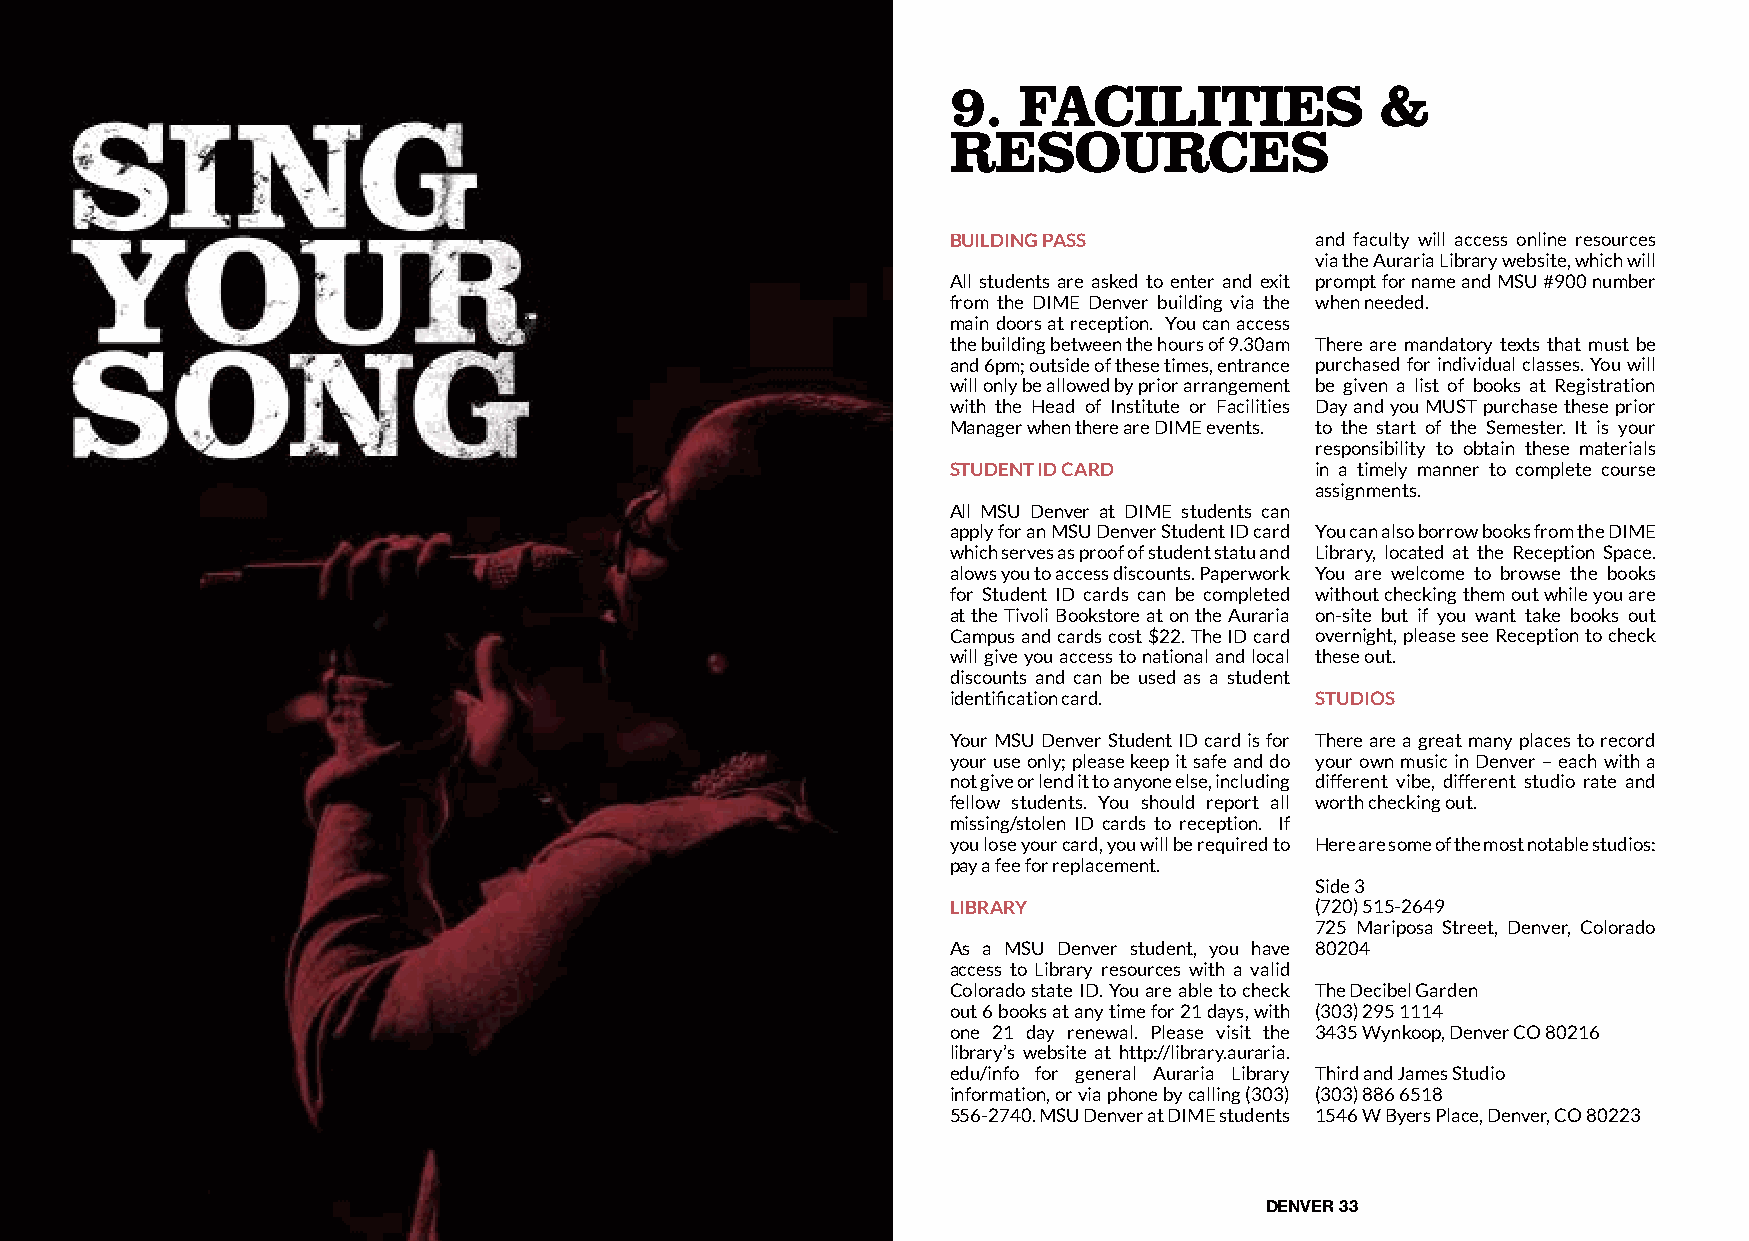
9.  FACILITIES              &
 RESOURCES
 BUILDING PASS           and faculty will access online resources
 via the Auraria Library website, which will
 All students are asked to enter and exit prompt for name and MSU #900 number
 from the DIME Denver building via the when needed.
 main doors at reception. You can access
 the building between the hours of 9.30am There are mandatory texts that must be
 and 6pm; outside of these times, entrance purchased for individual classes. You will
 will only be allowed by prior arrangement be given a list of books at Registration
 with the Head of Institute or Facilities Day and you MUST purchase these prior
 Manager when there are DIME events. to the start of the Semester. It is your
 responsibility to obtain these materials
 STUDENT ID CARD         in a timely manner to complete course
 assignments.
 All MSU Denver at DIME students can
 apply for an MSU Denver Student ID card You can also borrow books from the DIME
 which serves as proof of student statu and Library, located at the Reception Space.
 alows you to access discounts. Paperwork You are welcome to browse the books
 for Student ID cards can be completed without checking them out while you are
 at the Tivoli Bookstore at on the Auraria on-site but if you want take books out
 Campus and cards cost $22. The ID card overnight, please see Reception to check
 will give you access to national and local these out.
 discounts and can be used as a student
 identification card.    STUDIOS
 Your MSU Denver Student ID card is for There are a great many places to record
 your use only; please keep it safe and do your own music in Denver – each with a
 not give or lend it to anyone else, including different vibe, different studio rate and
 fellow students. You should report all worth checking out.
 missing/stolen ID cards to reception. If
 you lose your card, you will be required to Here are some of the most notable studios:
 pay a fee for replacement.
 Side 3
 LIBRARY                 (720) 515-2649
 725 Mariposa Street, Denver, Colorado
 As a MSU Denver student, you have 80204
 access to Library resources with a valid
 Colorado state ID. You are able to check The Decibel Garden
 out 6 books at any time for 21 days, with (303) 295 1114
 one 21 day renewal. Please visit the 3435 Wynkoop, Denver CO 80216
 library’s website at http://library.auraria.
 edu/info for general Auraria Library Third and James Studio
 information, or via phone by calling (303) (303) 886 6518
 556-2740. MSU Denver at DIME students 1546 W Byers Place, Denver, CO 80223
 DENVER 33